Lunatic asylums in Bengal annual reports 1899-1911 - 1899-1911
Year: 1899
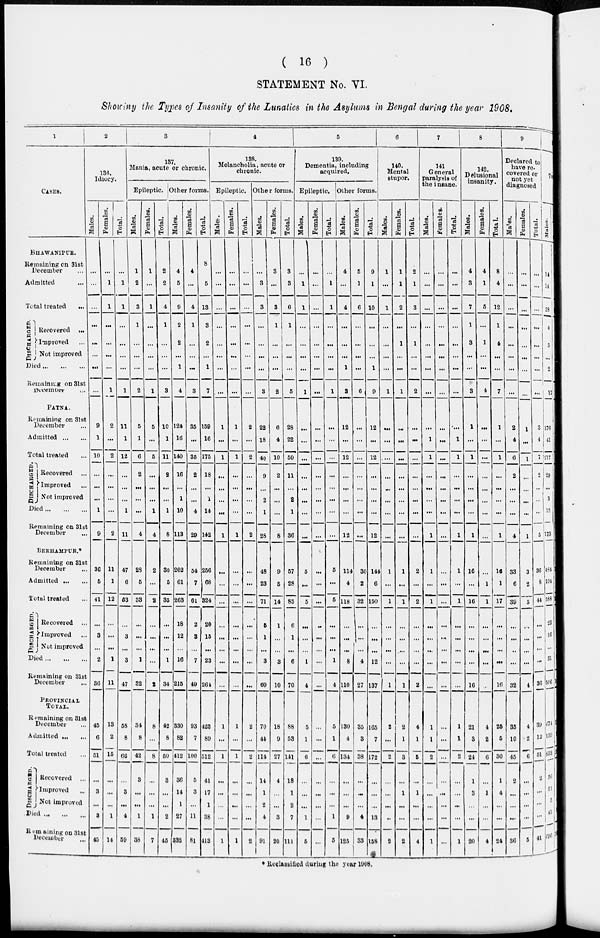
( 16 )
STATEMENT No. VI.
Showing the Types of Insanity of the Lunatics in the Asylums in Bengal during the year 1908.
1
CASES.
BHAWANIPUR.
Remaining on 31st
December ...
Admitted ...
Total treated
...
DISCHARGED.
Recovered
...
Improved ...
Not improved ...
Died ... ... ...
Remaining on 31st
December
...
PATNA.
Remaining on 31st
December ...
Admitted ... ...
Total treated ...
DISCHARGED.
Recovered ...
Improved ...
Not improved
Died ... ... ...
Remaining on 31st
December ...
BERHAMPORE.*
Remaining on 31st
December ...
Admitted ... ...
Total treated ...
DISCHARGED.
Recovered ...
Improved ...
Not improved
Died ... ... ...
Remaining on 31st
December ...
PROVINCIAL
TOTAL.
Remaining on 31st
December ...
Admitted ... ...
Total treated ...
DISCHARGED.
Recovored ...
Improved ...
Not improved
Died ... ... ...
Remaining on 31st
December
...
2
136.
Idiocy.
Males.
...
...
...
...
...
...
...
...
9
1
10
...
...
...
1
9
36
5
41
...
3
...
2
36
45
6
51
...
3
...
3
45
Females.
...
1
1
...
...
...
...
1
2
...
2
...
...
...
...
2
11
1
12
...
...
...
1
11
13
2
15
...
...
...
1
14
Total.
...
1
1
...
...
...
...
1
11
1
12
...
...
1
11
47
6
53
...
3
...
3
47
58
8
66
...
3
...
4
59
3
137.
Mania, acute or chronic.
Epileptic.
Males.
1
2
3
1
...
...
...
2
5
1
6
2
...
...
...
4
28
5
33
...
...
...
1
32
34
8
42
3
...
...
1
38
Females.
1
...
1
...
...
...
...
1
5
...
5
...
...
...
1
4
2
...
2
...
...
...
...
2
8
...
8
...
...
...
1
7
Total.
2
2
4
1
...
...
...
3
10
1
11
2
...
...
1
8
30
5
35
...
...
...
1
34
42
8
50
3
...
...
2
45
Other forms.
Males.
4
5
9
2
2
...
1
4
124
16
140
16
...
1
10
113
202
61
263
18
12
...
16
215
330
82
412
36
14
1
27
332
Females.
4
...
4
1
...
...
...
3
35
...
35
2
...
...
4
29
54
7
61
2
3
...
7
49
93
7
100
5
3
...
11
81
Total.
8
5
13
3
2
...
1
7
159
16
175
18
...
1
14
142
256
68
324
20
15
...
23
264
423
89
512
41
17
1
38
413
4
138.
Melancholia, acute or
chronic.
Epileptic.
Males.
...
...
...
...
...
...
...
...
1
...
1
...
...
...
...
1
...
...
...
...
...
...
...
...
1
...
1
...
...
...
...
1
Females.
...
...
...
...
...
...
...
...
1
...
1
...
...
...
...
1
...
...
...
...
...
...
...
...
1
...
1
...
...
...
...
1
Total.
...
...
...
...
...
...
...
...
2
...
2
...
...
...
...
2
...
...
...
...
...
...
...
...
2
...
2
...
...
...
...
2
Other forms.
Males.
...
3
3
...
...
...
...
3
22
18
40
9
...
2
1
28
48
23
71
5
1
...
3
60
70
44
114
14
1
2
4
91
Females.
3
...
3
1
...
...
...
2
6
4
10
2
...
...
...
8
9
5
14
1
...
...
3
10
18
9
27
4
...
...
3
20
Total.
3
3
6
1
...
...
...
5
28
22
50
11
...
2
1
36
57
28
85
6
1
...
6
70
88
53
141
18
1
2
7
111
5
139.
Dementia, including
acquired.
Epileptic.
Males.
...
1
1
...
...
...
...
1
...
...
...
...
...
...
...
...
5
...
5
...
...
...
1
4
5
1
6
...
...
...
1
5
Females.
...
...
...
...
...
...
...
...
...
...
...
...
...
...
...
...
...
...
...
...
...
...
...
...
...
...
...
...
...
...
Total.
...
1
1
...
...
...
...
1
...
...
...
...
...
...
...
...
5
...
5
...
...
...
1
4
5
1
6
...
...
...
1
5
Other forms.
Males.
4
...
4
...
...
...
1
3
12
...
12
...
...
...
...
12
114
4
118
...
...
8
110
130
4
134
...
...
...
9
125
Females.
5
1
6
...
...
...
...
6
...
...
...
...
...
...
...
...
30
2
32
...
...
...
4
27
35
3
38
...
...
...
4
33
Total.
9
1
10
...
...
...
1
9
12
...
12
...
...
...
...
12
144
6
150
...
...
12
137
165
7
172
...
...
...
13
158
6
140.
Mental
stupor.
Males.
1
...
1
...
...
...
...
1
...
...
...
...
...
...
...
1
...
1
...
...
...
1
2
...
2
...
...
...
..
2
Females.
1
1
2
...
1
...
...
1
...
...
...
...
...
...
...
...
1
...
1
...
...
...
1
2
1
3
...
1
...
...
2
Total.
2
1
3
...
1
...
...
2
...
...
...
...
...
...
...
...
2
...
2
...
...
...
2
4
1
5
...
1
...
...
4
7
141
General
paralysis of
the insane.
Males.
...
...
...
...
...
...
...
...
...
1
1
...
...
...
...
1
1
...
1
...
...
...
...
...
1
1
2
...
...
...
...
1
Females.
...
...
...
...
...
...
...
...
...
...
...
...
...
...
...
...
...
...
...
...
...
...
...
...
...
...
...
...
...
...
...
...
Total.
...
...
...
...
...
...
...
...
...
1
1
...
...
...
...
1
1
...
1
...
...
...
...
...
1
1
2
...
...
...
...
1
8
142.
Delusional
insanity.
Males.
4
3
7
1
3
...
...
3
1
...
1
...
...
...
...
1
16
...
16
...
...
...
...
16
21
3
24
1
3
...
...
20
Females.
4
1
5
...
1
...
...
4
...
...
...
...
...
...
...
...
...
1
1
...
...
...
...
...
4
2
6
...
1
...
...
4
Total.
8
4
12
1
4
...
...
7
1
...
1
...
...
...
...
1
16
1
17
...
...
...
...
16
25
5
30
1
4
...
...
24
9
Declared to
have re¬
covered or
not yet
diagnosed
Males.
...
...
...
...
...
...
...
...
2
4
6
2
...
...
...
4
33
6
39
...
...
...
...
32
35
10
45
2
...
...
...
36
Females.
...
...
...
...
...
...
...
...
1
...
1
...
...
...
...
1
3
2
5
...
...
...
...
4
4
2
6
...
...
...
...
5
Total.
...
...
...
...
...
...
...
...
3
4
7
2
...
...
5
36
8
44
...
...
...
...
36
39
12
51
2
...
...
...
41
10
Total.
Males.
14
14
28
4
5
...
2
17
176
41
217
29
...
3
12
173
484
104
588
23
16
...
31
506
674
159
833
56
21
3
43
696
* Reclassified during the year 1908.